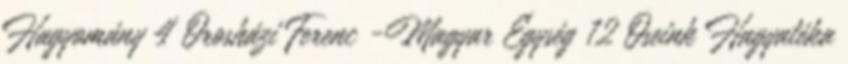
Hagyomány 4 Orosházi Ferenc -Magyar Egység 12 Őseink Hagyatéka